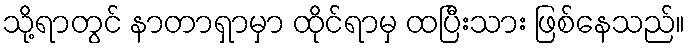
သို့ရာတွင် နာတာရှာမှာ ထိုင်ရာမှ ထပြီးသား ဖြစ်နေသည်။